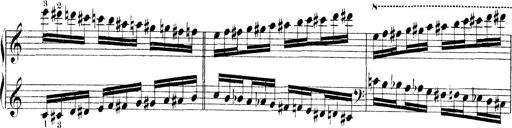
Title: Technische Studien
Composer: Franz Liszt